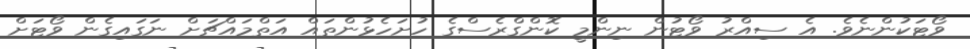
ވޯޓަކުންނެވެ. އެ ސިއްރު ވޯޓުން ނިންމީ ކޮންގްރެސްގެ ހުށަހެޅުންތައް އަތްމައްޗަށް ނަގައިގެން ވޯޓަށް